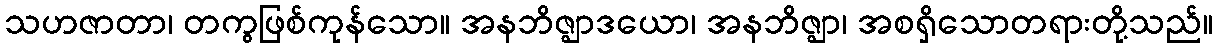
သဟဇာတာ၊ တကွဖြစ်ကုန်သော။ အနဘိဇ္ဈာဒယော၊ အနဘိဇ္ဈာ၊ အစရှိသောတရားတို့သည်။